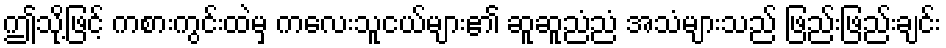
ဤသို့ဖြင့် ကစားကွင်းထဲမှ ကလေးသူငယ်များ၏ ဆူဆူညံညံ အသံများသည် ဖြည်းဖြည်းချင်း